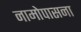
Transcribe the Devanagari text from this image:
नामोपासना